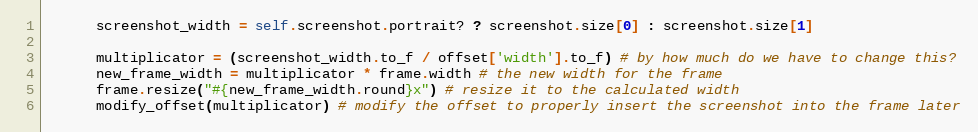
Language: Ruby
      screenshot_width = self.screenshot.portrait? ? screenshot.size[0] : screenshot.size[1]

      multiplicator = (screenshot_width.to_f / offset['width'].to_f) # by how much do we have to change this?
      new_frame_width = multiplicator * frame.width # the new width for the frame
      frame.resize("#{new_frame_width.round}x") # resize it to the calculated width
      modify_offset(multiplicator) # modify the offset to properly insert the screenshot into the frame later